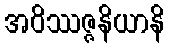
အဝိဿဇ္ဇနိယာနိ